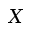
X